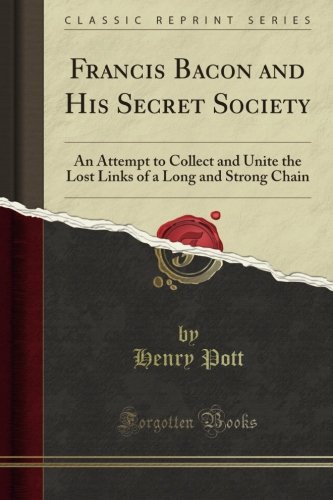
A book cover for Francis Bacon and His Secret Society: An Attempt to Collect and Unite the Lost Links of a Long and Strong Chain (Classic Reprint); Henry Pott; Religion & Spirituality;